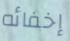
إخفائه